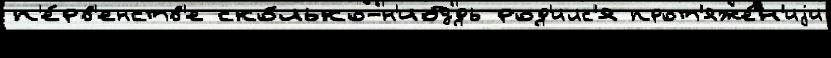
п'е́рв'енств'е ско́лько-н'ибудь род'илс'я прот'яже́н'иjи